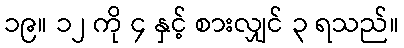
၁၉။ ၁၂ ကို ၄ နှင့် စားလျှင် ၃ ရသည်။